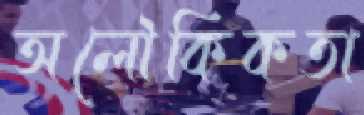
অলৌকিকতা